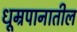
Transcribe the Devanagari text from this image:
धूम्रपानातील